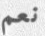
نعم